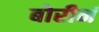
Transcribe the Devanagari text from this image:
बोरीनं